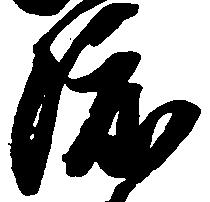
渡